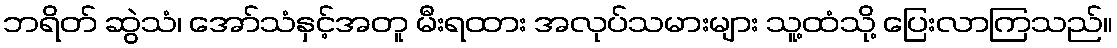
ဘရိတ် ဆွဲသံ၊ အော်သံနှင့်အတူ မီးရထား အလုပ်သမားများ သူ့ထံသို့ ပြေးလာကြသည်။